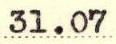
31.07